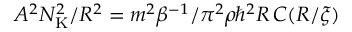
A ^ { 2 } N _ { \mathrm { K } } ^ { 2 } / R ^ { 2 } = m ^ { 2 } \beta ^ { - 1 } / \pi ^ { 2 } \rho \hbar ^ { 2 } R \, C ( R / \xi )